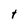
Character: t